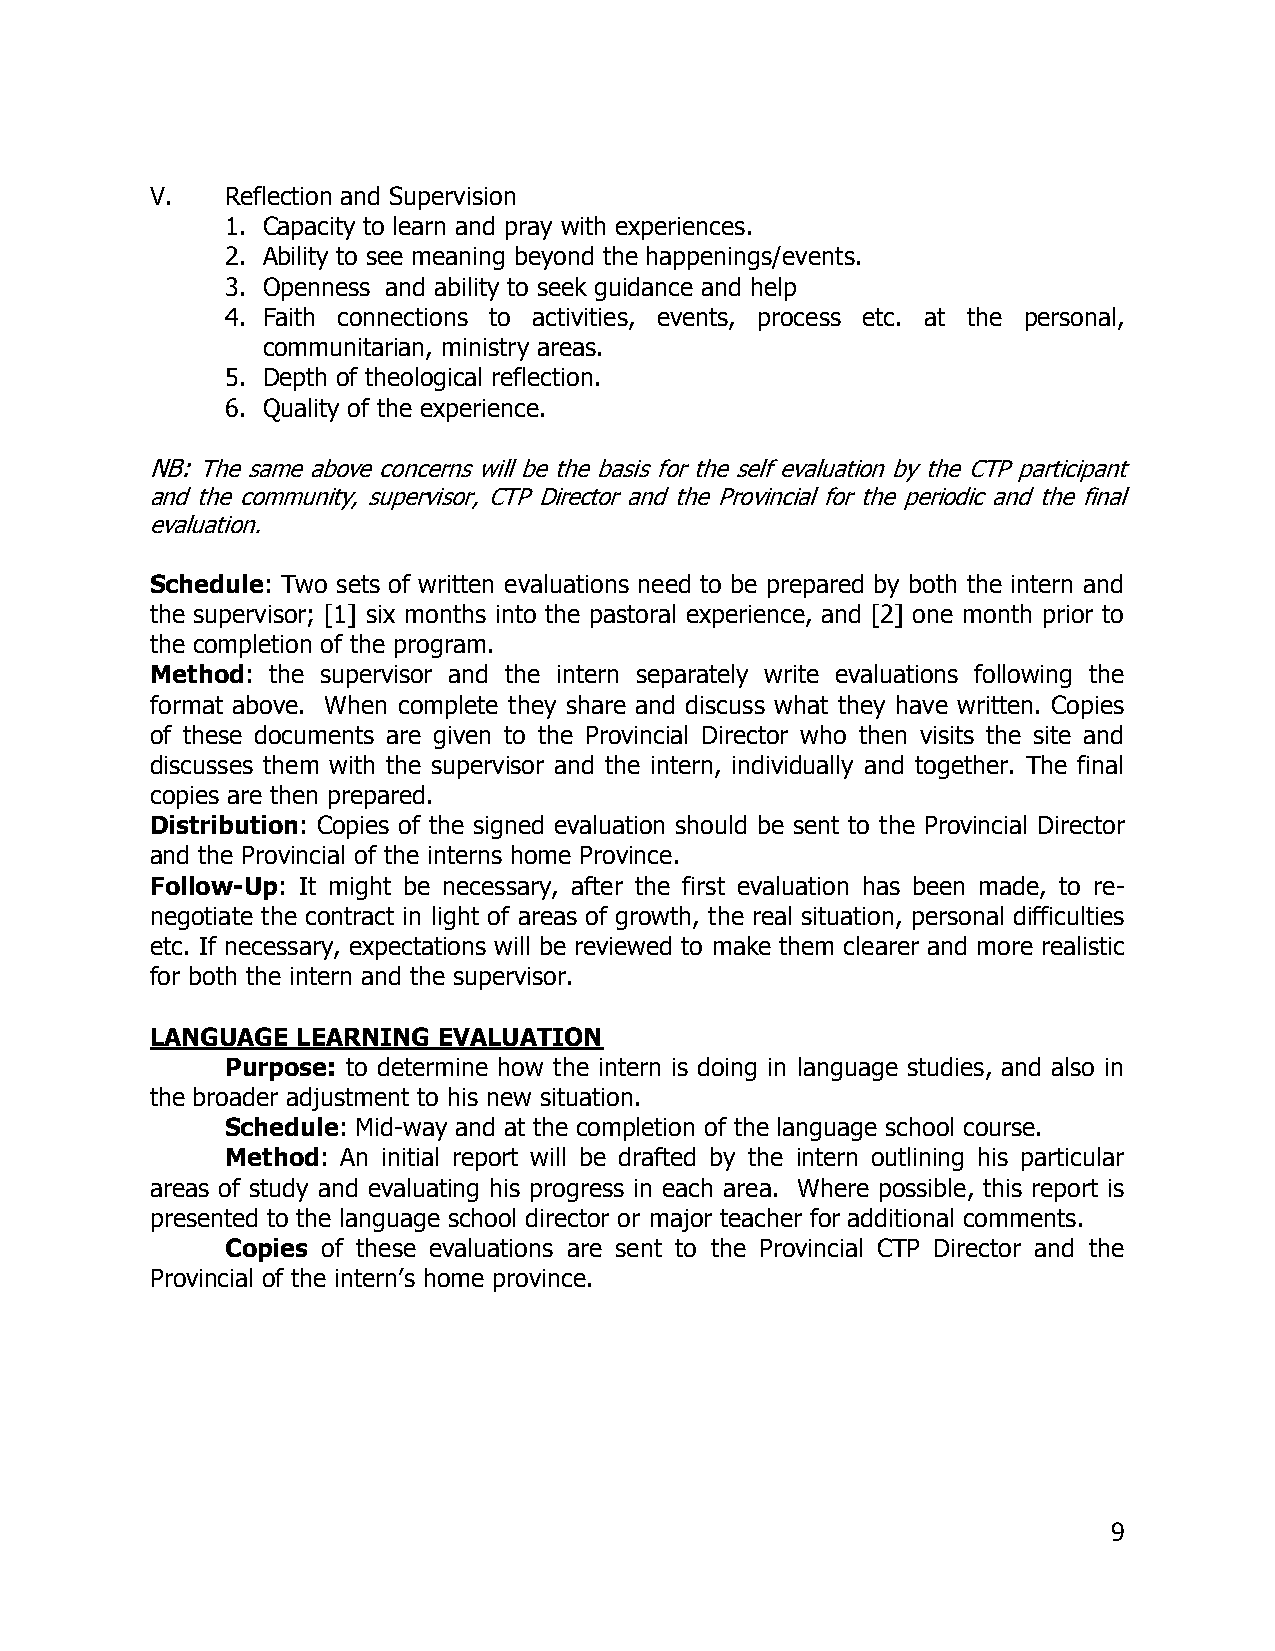
V.   Reflection and Supervision
 1. Capacity to learn and pray with experiences.
 2. Ability to see meaning beyond the happenings/events.
 3. Openness and ability to seek guidance and help
 4. Faith connections to activities, events, process etc. at the personal,
 communitarian, ministry areas.
 5. Depth of theological reflection.
 6. Quality of the experience.
 NB: The same above concerns will be the basis for the self evaluation by the CTP participant
 and the community, supervisor, CTP Director and the Provincial for the periodic and the final
 evaluation.
 Schedule: Two sets of written evaluations need to be prepared by both the intern and
 the supervisor; [1] six months into the pastoral experience, and [2] one month prior to
 the completion of the program.
 Method: the supervisor and the intern separately write evaluations following the
 format above. When complete they share and discuss what they have written. Copies
 of these documents are given to the Provincial Director who then visits the site and
 discusses them with the supervisor and the intern, individually and together. The final
 copies are then prepared.
 Distribution: Copies of the signed evaluation should be sent to the Provincial Director
 and the Provincial of the interns home Province.
 Follow-Up: It might be necessary, after the first evaluation has been made, to re-
 negotiate the contract in light of areas of growth, the real situation, personal difficulties
 etc. If necessary, expectations will be reviewed to make them clearer and more realistic
 for both the intern and the supervisor.
 LANGUAGE  LEARNING EVALUATION
 Purpose: to determine how the intern is doing in language studies, and also in
 the broader adjustment to his new situation.
 Schedule: Mid-way and at the completion of the language school course.
 Method: An initial report will be drafted by the intern outlining his particular
 areas of study and evaluating his progress in each area. Where possible, this report is
 presented to the language school director or major teacher for additional comments.
 Copies of these evaluations are sent to the Provincial CTP Director and the
 Provincial of the intern’s home province.
 9